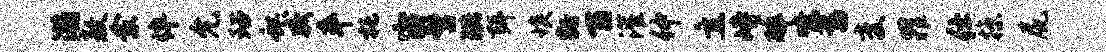
瀚敖愈侔允玷虹威卒托宙髫珙弭埃豁百灌仲立峙碎唳蓄变罪仕掠尻